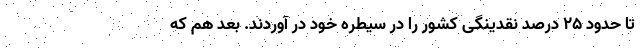
تا حدود ۲۵ درصد نقدینگی کشور را در سیطره خود در آوردند. بعد هم که